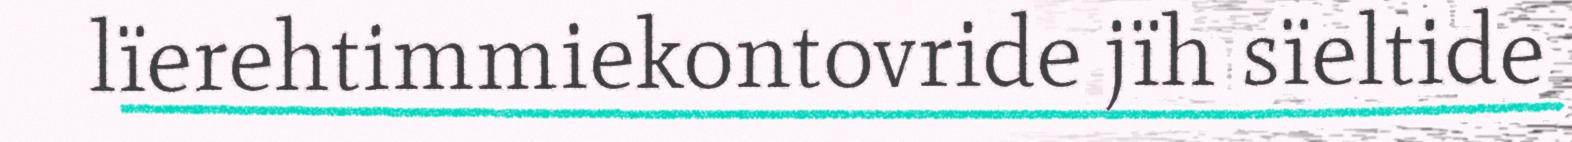
lïerehtimmiekontovride jïh sïeltide